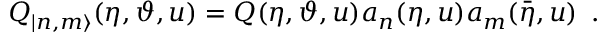
Q _ { | n , m \rangle } ( \eta , \vartheta , u ) = Q ( \eta , \vartheta , u ) a _ { n } ( \eta , u ) a _ { m } ( \bar { \eta } , u ) \, \, \, .